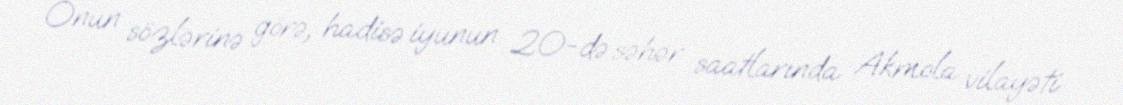
Onun sözlərinə görə, hadisə iyunun 20-də səhər saatlarında Akmola vilayəti